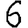
Digit: 6